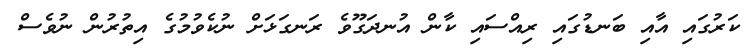
ކަރުގައި އާއި ބަނޑުގައި ރިއްސައި ކާން އުނދަގޫވެ ރަނގަޅަށް ނުކެވުމުގެ އިތުރުން ނުވެސް